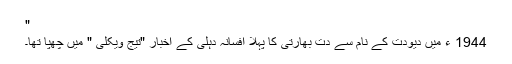
"
1944 ء میں دیودت کے نام سے دت بھارتی کا پہلا افسانہ دہلی کے اخبار "تیج ویکلی " میں چھپا تھا۔